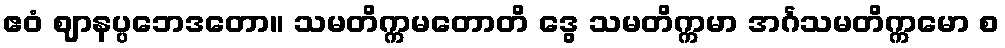
ဧဝံ ဈာနပ္ပဘေဒတော။ သမတိက္ကမတောတိ ဒွေ သမတိက္ကမာ အင်္ဂသမတိက္ကမော စ